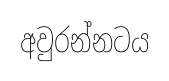
අවුරන්නටය